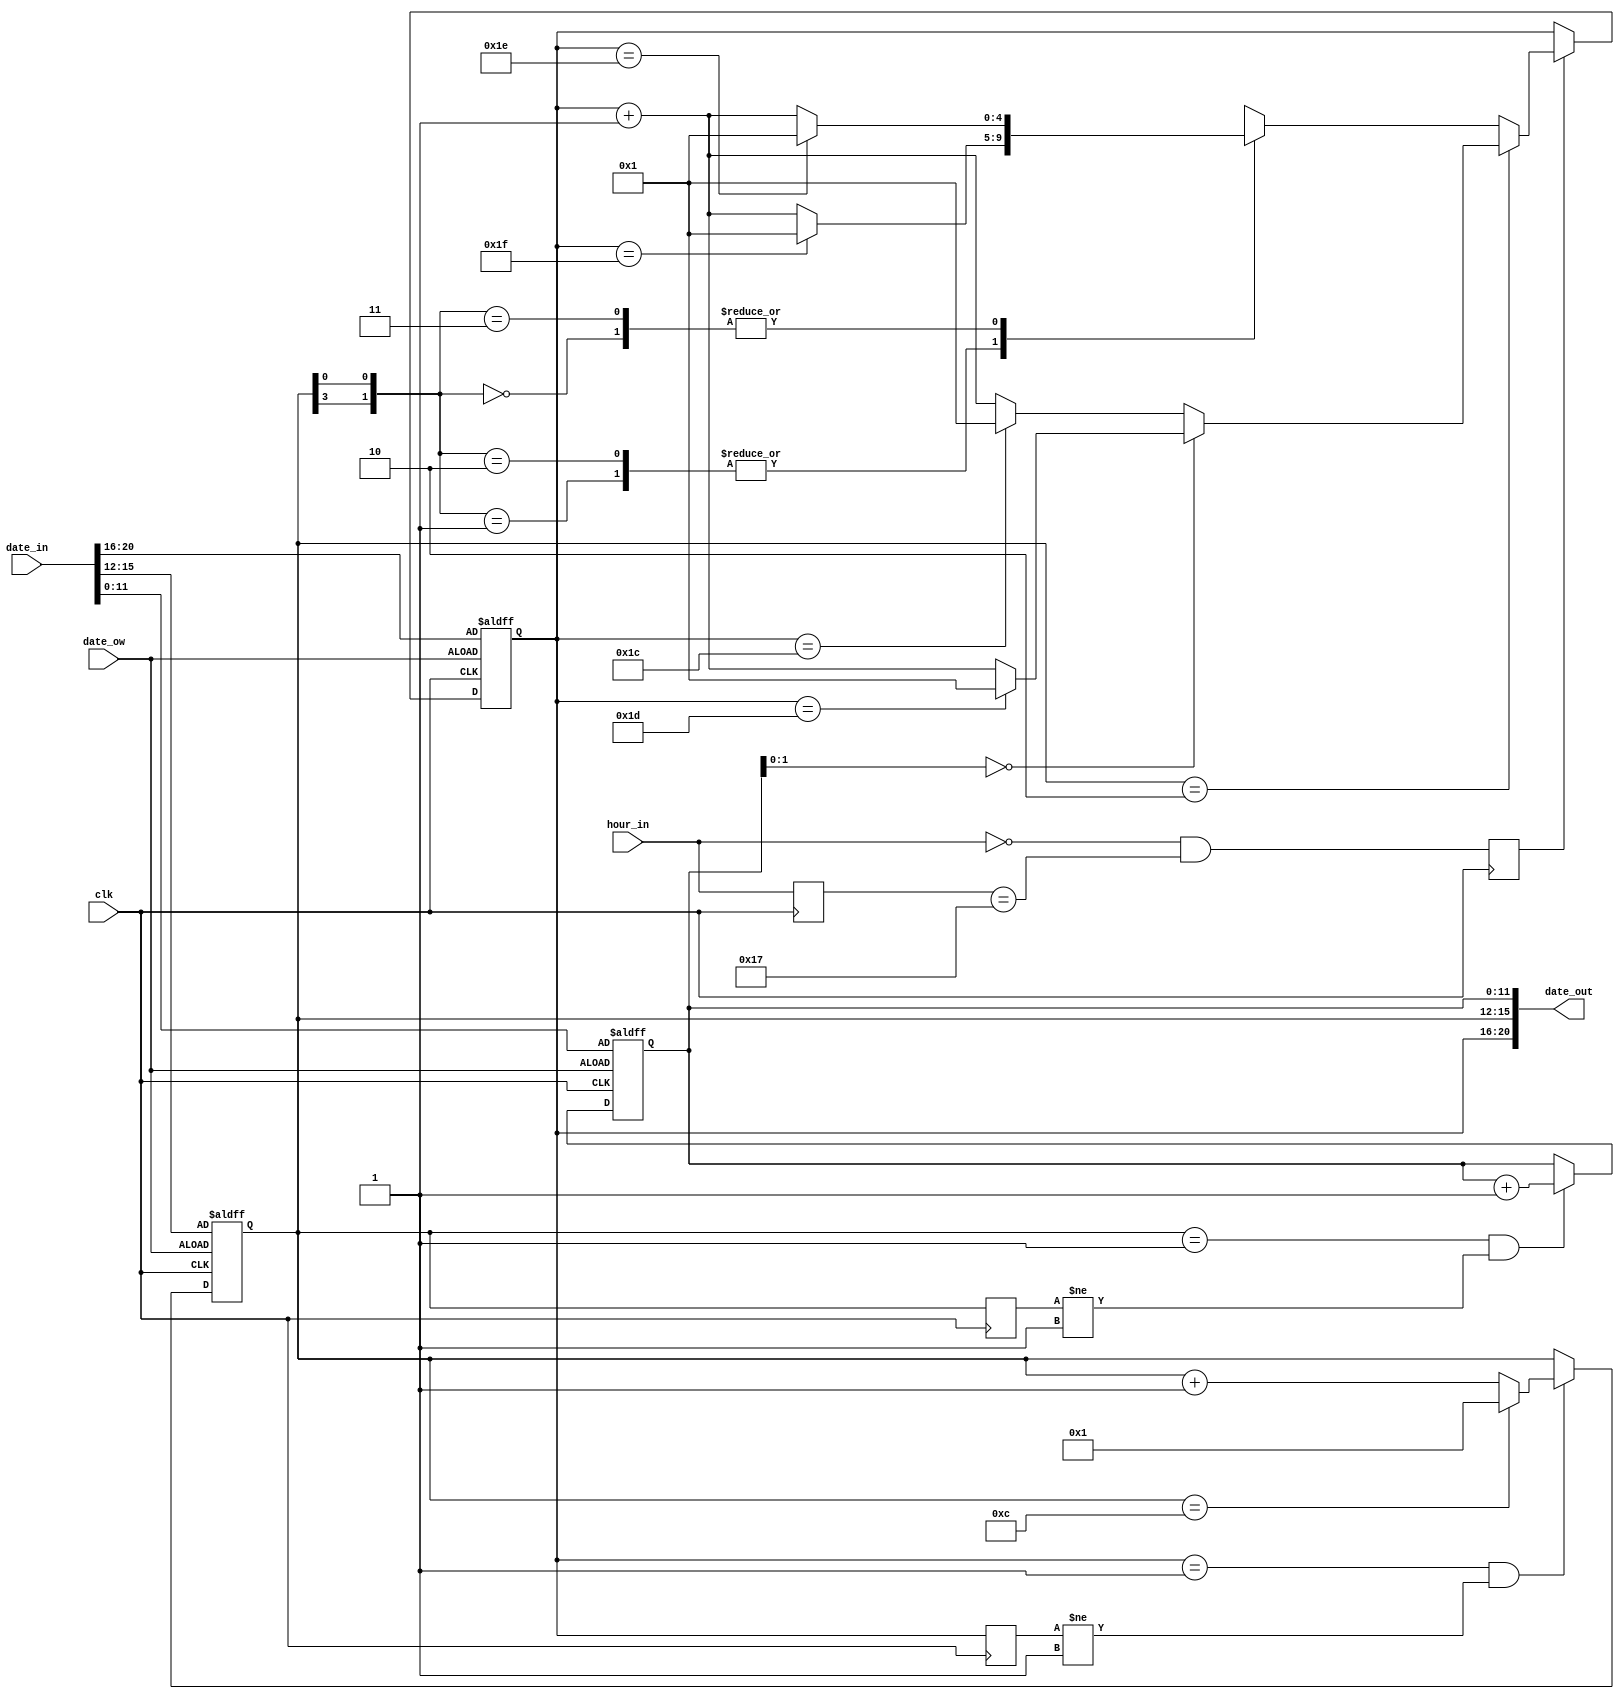
/* ------------------------------------------------ *
 * Title       : Date Module                        *
 * Project     : Digital Clock                      *
 * ------------------------------------------------ *
 * Last Edit   : 22/04/2021                         *
 * Licence     : CERN-OHL-W                         *
 * ------------------------------------------------ *
 * Description : Keep date with respect to hour     *
 * ------------------------------------------------ */

module clockCalendarHex#(parameter YEARRES = 12)(clk, hour_in, date_in, date_out, date_ow);
  input clk, date_ow; //System clock, Date overwrite (asynchronous reset)
  //Time signal format: hhhhh_mmmmmm_ssssss
  input [4:0] hour_in; //hour data

  //Date signal format: ddddd_mmmm_yyyyyyyyyyyy
  //Year signal can be adjusted to count from another refence than 0, e.g. 1900, to reduce bit size
  input [(YEARRES+8):0] date_in; //date input
  output [(YEARRES+8):0] date_out; //main output

  //separated date signals to respective meaning
  wire [4:0] day_in;
  wire [3:0] month_in;
  wire [(YEARRES-1):0] year_in;
  reg [4:0] day_reg, day_reg_del; //day_reg_del: delayed signal
  reg [3:0] month_reg, month_reg_del; //month_reg_del: delayed signal
  reg [(YEARRES-1):0] year_reg;

  reg [4:0] hour_reg; //Store previous hour data
  reg new_day; //Detect new day
  wire new_year, new_month; //Detect new year/month

  //separation and combination of date signals
  assign {day_in, month_in, year_in} = date_in;
  assign date_out = {day_reg, month_reg, year_reg};

  //edge detaction for year & month changes
  assign new_year = (month_reg == 4'd1) & (month_reg_del != 4'd1);
  assign new_month = (day_reg == 4'd1) & (day_reg_del != 4'd1);

  always@(posedge clk) //edge detection
    begin
      new_day <= (hour_in == 5'd0) & (hour_reg == 5'd23);
    end

  always@(posedge clk) //generate delayed signals for edge detection
    begin
      hour_reg <= hour_in;
      day_reg_del <= day_reg;
      month_reg_del <= month_reg;
    end

  //handle year
  always@(posedge clk or posedge date_ow)
    begin
      if(date_ow)
        begin
          year_reg <= year_in;
        end
      else
        begin
          if(new_year)
            begin
              year_reg <= year_reg +{{(YEARRES-1){1'd0}},1'd1}; 
            end
        end
    end     

  //handle month
  always@(posedge clk or posedge date_ow)
    begin
      if(date_ow)
        begin
          month_reg <= month_in;
        end
      else
        begin
          if(new_month)
            begin
              month_reg <= (month_reg == 4'd12) ? 4'd1 : (month_reg + 4'd1); 
            end
        end
    end     
    
  //handle day
  always@(posedge clk or posedge date_ow) 
    begin
      if(date_ow)
        begin
          day_reg <= day_in;
        end
      else
        begin
          if(new_day)
            begin
              casex(month_reg)
                4'd2: //spacial case febuary
                  begin
                    /*
                     *  leap years:
                     *  if (year is not divisible by 4) then (it is a common year)
                     *  else if (year is not divisible by 100) then (it is a leap year)
                     *  else if (year is not divisible by 400) then (it is a common year)
                     *  else (it is a leap year)
                     */
                    if(year_reg[1:0] == 2'b00)
                      begin
                        day_reg <= (day_reg == 5'd29) ? 5'd1 : (day_reg + 5'd1);  
                      end
                    else
                      begin
                         day_reg <= (day_reg == 5'd28) ? 5'd1 : (day_reg + 5'd1);
                      end
                  end
                4'b0??0: //even months; April and June
                  begin
                    day_reg <= (day_reg == 5'd30) ? 5'd1 : (day_reg + 5'd1);
                  end
                4'b0??1: //odd months; January, March, May and July
                  begin
                    day_reg <= (day_reg == 5'd31) ? 5'd1 : (day_reg + 5'd1);
                  end
                4'b1??0: //even months; August, October, December
                  begin
                    day_reg <= (day_reg == 5'd31) ? 5'd1 : (day_reg + 5'd1);
                  end
                4'b1??1: //odd months; September, November
                  begin
                    day_reg <= (day_reg == 5'd30) ? 5'd1 : (day_reg + 5'd1);
                  end
              endcase
            end
        end
    end
endmodule

module clockCalendarDec4(clk, hour_in, date_in, date_out, date_ow);
  input clk, date_ow; //System clock, Date overwrite (asynchronous reset)
  //Time signal format: hh_hhhh:mmm_mmmm:sss_ssss
  input [5:0] hour_in; //hour data

  //Date signal format: dd_dddd.m_mmmm.yy_yyyy_yyyy_yyyy
  //Year signal can be adjusted to count from another refence than 0, e.g. 1900, to reduce bit size
  input [24:0] date_in; //date input
  output [24:0] date_out; //main output

  //separated date signals to respective meaning
  wire [5:0] day_in;
  wire [4:0] month_in;
  wire [13:0] year_in;
  reg [5:0] day_reg, day_reg_del; //day_reg_del: delayed signal
  reg [4:0] month_reg, month_reg_del; //month_reg_del: delayed signal
  reg [13:0] year_reg;

  reg [5:0] hour_reg; //Store previous hour data
  reg new_day; //Detect new day
  wire new_year, new_month; //Detect new year/month

  //separation and combination of date signals
  assign {day_in, month_in, year_in} = date_in;
  assign date_out = {day_reg, month_reg, year_reg};

  //edge detaction for year & month changes
  assign new_year = (month_reg == 5'h1) & (month_reg_del != 5'h1);
  assign new_month = (day_reg == 5'h1) & (day_reg_del != 5'h1);

  always@(posedge clk) //edge detection
    begin
      new_day <= (hour_in == 6'h0) & (hour_reg == 6'h23);
    end

  always@(posedge clk) //generate delayed signals for edge detection
    begin
      hour_reg <= hour_in;
      day_reg_del <= day_reg;
      month_reg_del <= month_reg;
    end

  //handle year
  always@(posedge clk or posedge date_ow)
    begin
      if(date_ow)
        begin
          year_reg <= year_in;
        end
      else
        begin
          if(new_year)
            begin
              casex(year_reg)
                14'h?999: year_reg <= {(year_reg[13:12]+2'd1),12'h000};
                14'h??99: year_reg <= {(year_reg[13:8]+6'd1),8'h00};
                14'h???9: year_reg <= {(year_reg[13:4]+10'd1),4'h0};
                default: year_reg <= year_reg + 14'b1;
              endcase 
            end
        end
    end     

  //handle month
  always@(posedge clk or posedge date_ow)
    begin
      if(date_ow)
        begin
          month_reg <= month_in;
        end
      else
        begin
          if(new_month)
            begin
              case(month_reg)
                5'h12: month_reg <= 5'h1;
                5'h09: month_reg <= 5'h10;
                default: month_reg <= month_reg + 5'd1;
              endcase 
            end
        end
    end     
    
  //handle day
  always@(posedge clk or posedge date_ow) 
    begin
      if(date_ow)
        begin
          day_reg <= day_in;
        end
      else
        begin
          if(new_day)
            begin
              casex(month_reg)
                5'd2: //spacial case febuary
                    /*
                     *  leap years:
                     *  if (year is not divisible by 4) then (it is a common year)
                     *  else if (year is not divisible by 100) then (it is a leap year)
                     *  else if (year is not divisible by 400) then (it is a common year)
                     *  else (it is a leap year)
                     */
                    casex(day_reg)
                      6'h29: day_reg <= 6'h1;
                      6'h28: day_reg <= (year_reg[1:0] == 2'b00) ? 6'h29 : 6'h1;
                      6'h?9: day_reg <= {(day_reg[5:4]+2'h1),4'h0};
                      default: day_reg <= day_reg + 6'd1;
                    endcase
                5'b00??0: //even months; April and June; 4, 6
                  casex(day_reg)
                    6'h30: day_reg <= 6'd1;
                    6'h?9: day_reg <= {(day_reg[5:4]+2'h1),4'h0};
                    default: day_reg <= day_reg + 6'd1;
                  endcase
                5'b00??1: //odd months; January, March, May and July; 1, 3, 5, 7
                  casex(day_reg)
                    6'h31: day_reg <= 6'd1;
                    6'h?9: day_reg <= {(day_reg[5:4]+2'h1),4'h0};
                    default: day_reg <= day_reg + 6'd1;
                  endcase
                5'b????0: //even months; August, October, December; 8, 10, 12
                  casex(day_reg)
                    6'h31: day_reg <= 6'd1;
                    6'h?9: day_reg <= {(day_reg[5:4]+2'h1),4'h0};
                    default: day_reg <= day_reg + 6'd1;
                  endcase
                5'b????1: //odd months; September, November; 9, 11
                  casex(day_reg)
                    6'h30: day_reg <= 6'd1;
                    6'h?9: day_reg <= {(day_reg[5:4]+2'h1),4'h0};
                    default: day_reg <= day_reg + 6'd1;
                  endcase
              endcase
            end
        end
    end
endmodule

module clockCalendarDec2(clk, hour_in, date_in, date_out, date_ow);
  input clk, date_ow; //System clock, Date overwrite (asynchronous reset)
  //Time signal format: hh_hhhh:mmm_mmmm:sss_ssss
  input [5:0] hour_in; //hour data

  //Date signal format: dd_dddd.m_mmmm.yy_yyyy_yyyy_yyyy
  //Year signal can be adjusted to count from another refence than 0, e.g. 1900, to reduce bit size
  input [18:0] date_in; //date input
  output [18:0] date_out; //main output

  //separated date signals to respective meaning
  wire [5:0] day_in;
  wire [4:0] month_in;
  wire [7:0] year_in;
  reg [5:0] day_reg, day_reg_del; //day_reg_del: delayed signal
  reg [4:0] month_reg, month_reg_del; //month_reg_del: delayed signal
  reg [7:0] year_reg;

  reg [5:0] hour_reg; //Store previous hour data
  reg new_day; //Detect new day
  wire new_year, new_month; //Detect new year/month

  //separation and combination of date signals
  assign {day_in, month_in, year_in} = date_in;
  assign date_out = {day_reg, month_reg, year_reg};

  //edge detaction for year & month changes
  assign new_year = (month_reg == 5'h1) & (month_reg_del != 5'h1);
  assign new_month = (day_reg == 5'h1) & (day_reg_del != 5'h1);

  always@(posedge clk) //edge detection
    begin
      new_day <= (hour_in == 6'h0) & (hour_reg == 6'h23);
    end

  always@(posedge clk) //generate delayed signals for edge detection
    begin
      hour_reg <= hour_in;
      day_reg_del <= day_reg;
      month_reg_del <= month_reg;
    end

  //handle year
  always@(posedge clk or posedge date_ow)
    begin
      if(date_ow)
        begin
          year_reg <= year_in;
        end
      else
        begin
          if(new_year)
            begin
              casex(year_reg)
                8'h?9: year_reg <= {(year_reg[7:4]+4'd1),4'h0};
                default: year_reg <= year_reg + 8'b1;
              endcase 
            end
        end
    end     

  //handle month
  always@(posedge clk or posedge date_ow)
    begin
      if(date_ow)
        begin
          month_reg <= month_in;
        end
      else
        begin
          if(new_month)
            begin
              case(month_reg)
                5'h12: month_reg <= 5'h1;
                5'h09: month_reg <= 5'h10;
                default: month_reg <= month_reg + 5'd1;
              endcase 
            end
        end
    end     
    
  //handle day
  always@(posedge clk or posedge date_ow) 
    begin
      if(date_ow)
        begin
          day_reg <= day_in;
        end
      else
        begin
          if(new_day)
            begin
              casex(month_reg)
                5'd2: //spacial case febuary
                    /*
                     *  leap years:
                     *  if (year is not divisible by 4) then (it is a common year)
                     *  else if (year is not divisible by 100) then (it is a leap year)
                     *  else if (year is not divisible by 400) then (it is a common year)
                     *  else (it is a leap year)
                     */
                    casex(day_reg)
                      6'h29: day_reg <= 6'h1;
                      6'h28: day_reg <= (year_reg[1:0] == 2'b00) ? 6'h29 : 6'h1;
                      6'h?9: day_reg <= {(day_reg[5:4]+2'h1),4'h0};
                      default: day_reg <= day_reg + 6'd1;
                    endcase
                5'b00??0: //even months; April and June; 4, 6
                  casex(day_reg)
                    6'h30: day_reg <= 6'd1;
                    6'h?9: day_reg <= {(day_reg[5:4]+2'h1),4'h0};
                    default: day_reg <= day_reg + 6'd1;
                  endcase
                5'b00??1: //odd months; January, March, May and July; 1, 3, 5, 7
                  casex(day_reg)
                    6'h31: day_reg <= 6'd1;
                    6'h?9: day_reg <= {(day_reg[5:4]+2'h1),4'h0};
                    default: day_reg <= day_reg + 6'd1;
                  endcase
                5'b????0: //even months; August, October, December; 8, 10, 12
                  casex(day_reg)
                    6'h31: day_reg <= 6'd1;
                    6'h?9: day_reg <= {(day_reg[5:4]+2'h1),4'h0};
                    default: day_reg <= day_reg + 6'd1;
                  endcase
                5'b????1: //odd months; September, November; 9, 11
                  casex(day_reg)
                    6'h30: day_reg <= 6'd1;
                    6'h?9: day_reg <= {(day_reg[5:4]+2'h1),4'h0};
                    default: day_reg <= day_reg + 6'd1;
                  endcase
              endcase
            end
        end
    end
endmodule